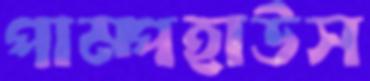
পাম্পহাউস